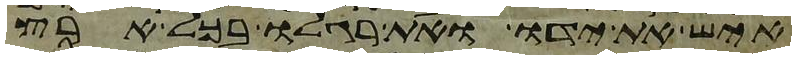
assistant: איש את ידו ואת רגלו בכל ארץ